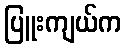
ပြူးကျယ်က